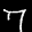
Label: 7